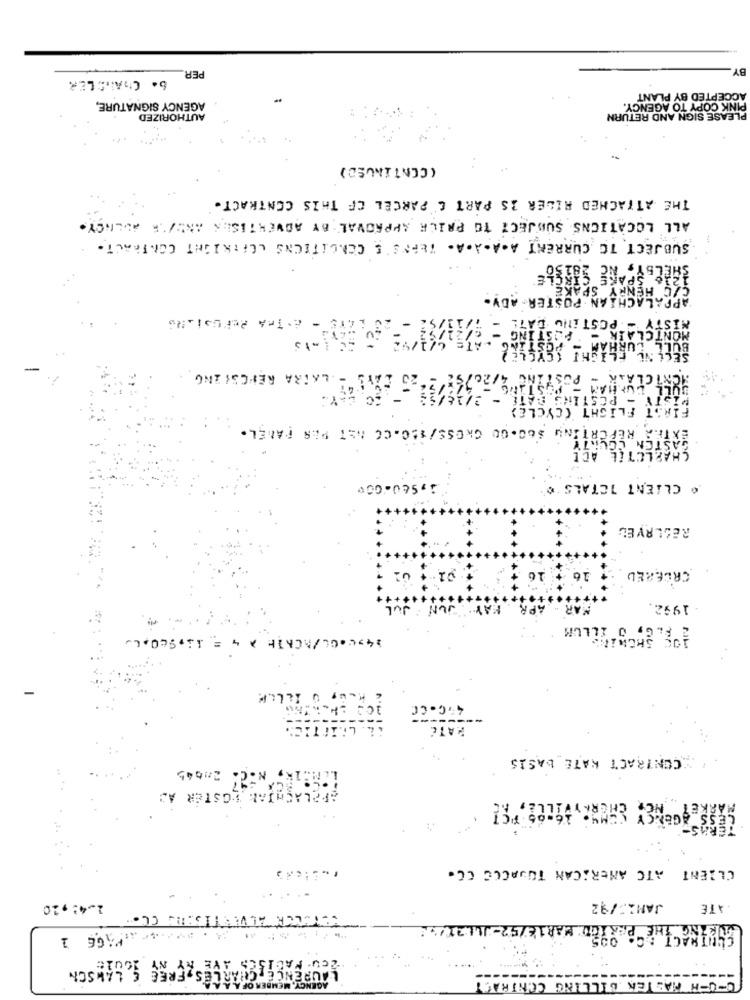
BY.
6. CHANDLER
PER
ACCEPTED BY PLANT
AGENCY SIGNATURE,
PINK COPY TO AGENCY.
AUTHORIZED
PLEASE SIGN AND RETURN
(CONTINUED)
THE ATTACHED RIDER IS PART C PARCEL OF THIS CONTRACT.
ALL LOCATIONS SUBJECT TO PRICE APPROVAL BY ADVERTISER AND/OR AGENCY.
SUBJECT TO CURRENT A.A.A.A. TERPS'S CENCITIONS LEFTRIGHT CONTRACT.
CE SARELE
SPAK
APPALACHIAN POSTER ADV-
LAYS" - E. TRA PePtSTARS
MISTY - POSTING DATE
MONTCLAIR - POSTING
.LAIRA REFCSI ING
STING
MONTCLAR - PO
BULL DUNHAM -
MISTY - POSTING BAT
FIRST FLIGHT (CYCLE)
EXTRA REPORTING $60.00 GRESS/1CO.CC MIT PER PANEL.
GASTON COUNTY
CHARLCTIL ACL
CLIENT TOTALS
RESERVEL
16+ 16
CRÉEREU
WAY
JUL
PR
MAR
1992.
-, VILLif
45C.CC
HATE
.CONTRACT RATE_BASIS
LAMIN, N.C. 201645
AFELAÇAIAL LOSTER AD
MARK
LESS
CLIENT ATC AMERICAN TOBACCO CC.
1.4: , 20
JANI /92
ATE
NOTERER ALVESTIGERS CO.
CHARLES FREE CLIMSCH
JUPE
C-UCH MASTER BILLING CONTRACT
. MEMBER